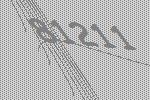
81211